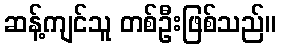
ဆန့်ကျင်သူ တစ်ဦးဖြစ်သည်။